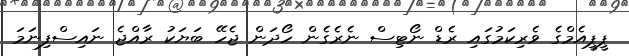
ޕީޕީއެމްގެ ވެރިކަމުގައި ރެޑް ނޯޓިސް ނެރެގެން ހޯދަން ޖެހޭ ބަޔަކު ރާއްޖެ ނައިސްފިނަމަ